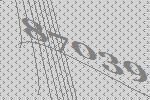
87039